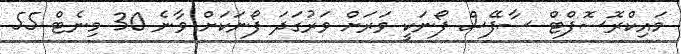
މައިކްރޮސޮފްޓް ސާފޭސް ފޯނަކީ ވަރަށް ވަރުގަދަ ފޯނަކަށް ވާނެ 30 މިނެޓް 55